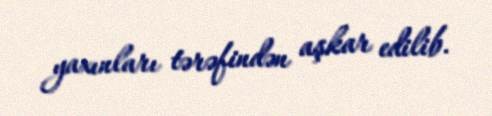
yaxınları tərəfindən aşkar edilib.